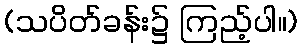
(သပိတ်ခန်း၌ ကြည့်ပါ။)